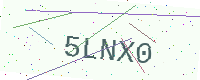
Text: 5LNX0